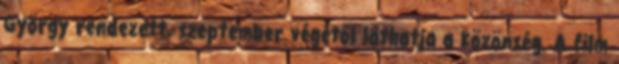
György rendezett, szeptember végétől láthatja a közönség. A film